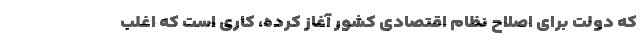
که دولت برای اصلاح نظام اقتصادی کشور آغاز کرده، کاری است که اغلب